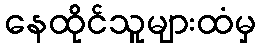
နေထိုင်သူများထံမှ